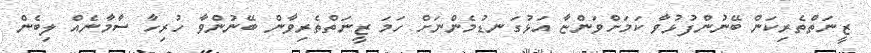
ޒީނަތްތެރިކަން ބޭނުންފުޅުވާ ކަމަށްވަންޏާ އަޅުގަނޑުމެންނަށް ހަމަ ޒީނަތްތެރިވާން ބޭނުންވާ ހުރިހާ ސާމާނެއް ލިބެން